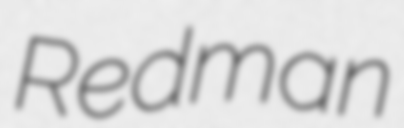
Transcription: Redman